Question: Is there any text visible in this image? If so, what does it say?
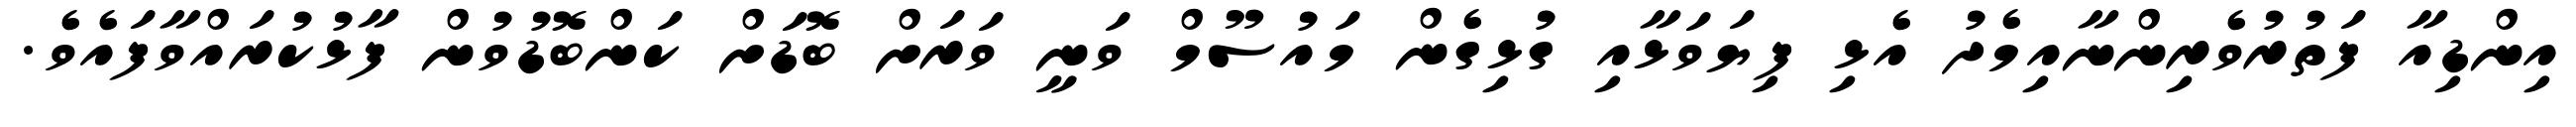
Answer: އިންޑިއާ ފަތުރުވެރިންނާއިމެދު އެޅި ފިޔަވަޅާއި ގުޅިގެން މައުސޫމް ވަނީ ވަރަށް ބޮޑަށް ކަންބޮޑުވުން ފާޅުކުރައްވާފައެވެ.